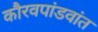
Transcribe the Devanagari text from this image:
कौरवपांडवांत